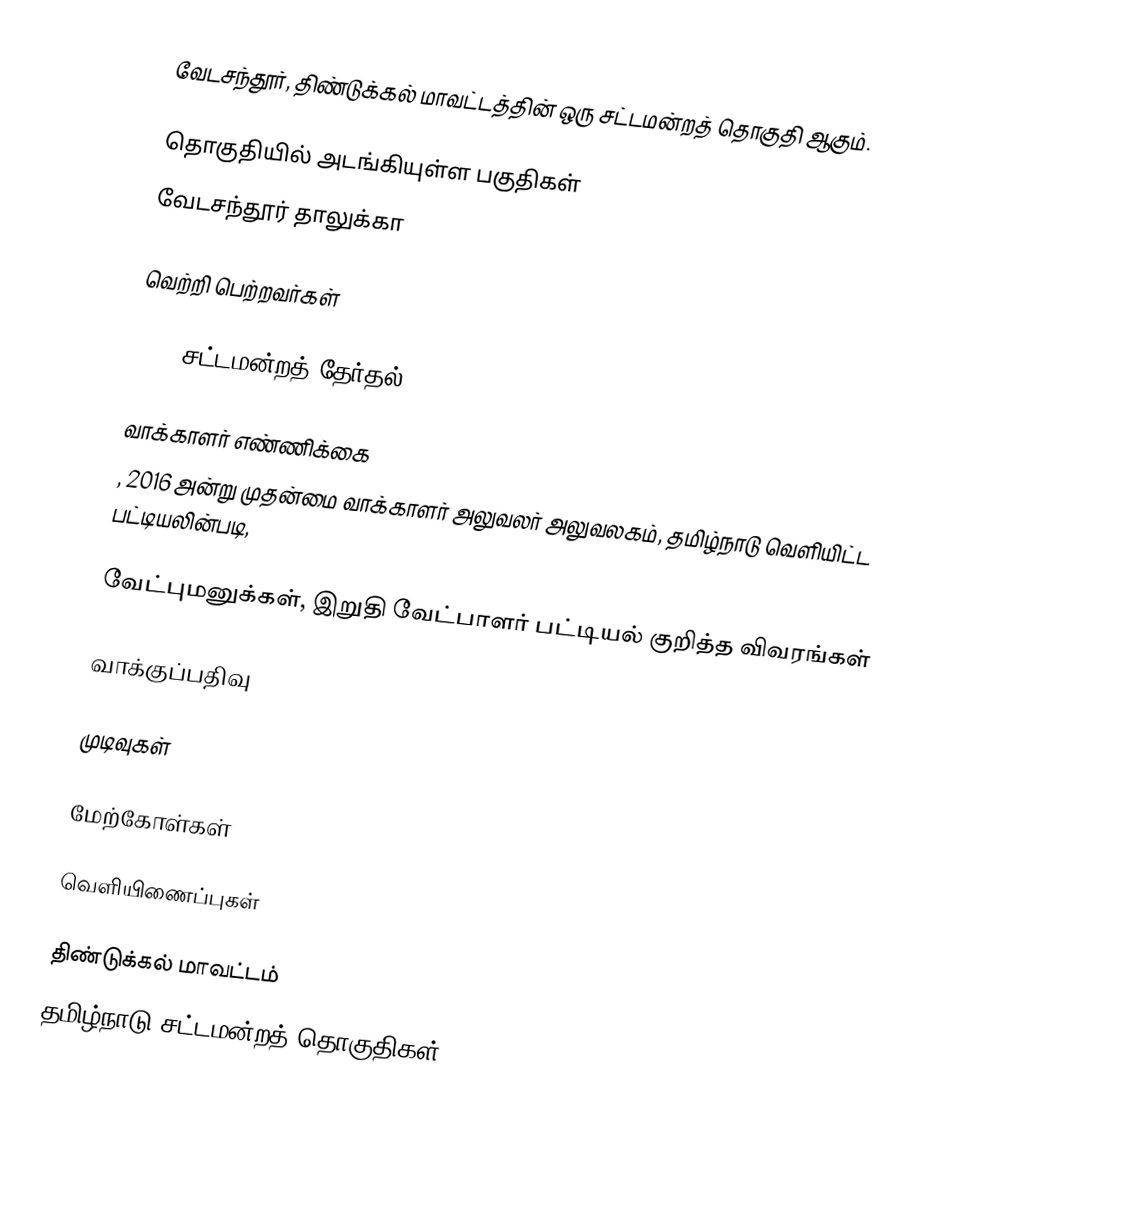
வேடசந்தூர், திண்டுக்கல் மாவட்டத்தின் ஒரு சட்டமன்றத் தொகுதி ஆகும்.

தொகுதியில் அடங்கியுள்ள பகுதிகள்
வேடசந்தூர் தாலுக்கா

வெற்றி பெற்றவர்கள்

2016 சட்டமன்றத் தேர்தல்

வாக்காளர் எண்ணிக்கை
, 2016 அன்று முதன்மை வாக்காளர் அலுவலர் அலுவலகம், தமிழ்நாடு வெளியிட்ட பட்டியலின்படி,

வேட்புமனுக்கள், இறுதி வேட்பாளர் பட்டியல் குறித்த விவரங்கள்

வாக்குப்பதிவு

முடிவுகள்

மேற்கோள்கள்

வெளியிணைப்புகள்

திண்டுக்கல் மாவட்டம்
தமிழ்நாடு சட்டமன்றத் தொகுதிகள்